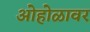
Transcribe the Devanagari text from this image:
ओहोळावर